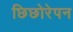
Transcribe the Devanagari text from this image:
छिछोरेपन